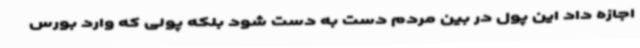
اجازه داد این پول در بین مردم دست به دست شود بلکه پولی که وارد بورس